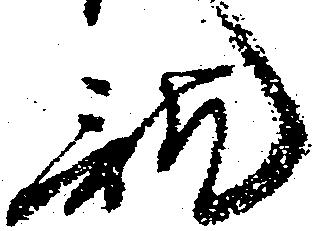
訖